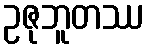
ဥဇုဘူတဿ